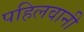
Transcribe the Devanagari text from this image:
पहिलवानी